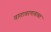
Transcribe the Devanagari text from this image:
वातावरणाबाबत